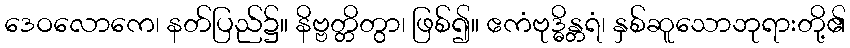
ဒေဝလောကေ၊ နတ်ပြည်၌။ နိဗ္ဗတ္တိတွာ၊ ဖြစ်၍။ ဧကံဗုဒ္ဓိန္တရံ၊ နှစ်ဆူသောဘုရားတို့၏